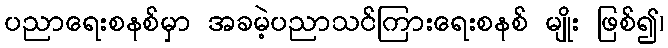
ပညာရေးစနစ်မှာ အခမဲ့ပညာသင်ကြားရေးစနစ် မျိုး ဖြစ်၍၊